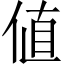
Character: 値